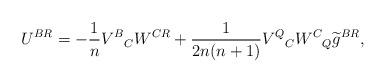
LaTeX: \begin{align*}U^{BR}=-\frac{1}{n}V^B{}_CW^{CR}+\frac{1}{2n(n+1)}V^Q{}_CW^C{}_Q\widetilde g^{BR},\end{align*}